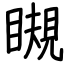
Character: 瞡